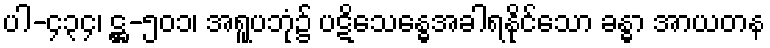
ပါ-၄၃၄၊ ဋ္ဌ-၅၀၁၊ အရူပဘုံ၌ ပဋိသေန္ဓေအခါရနိုင်သော ခန္ဓာ အာယတန